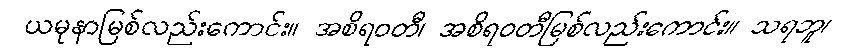
ယမုနာမြစ်လည်းကောင်း။ အစိရဝတီ၊ အစိရဝတီမြစ်လည်းကောင်း။ သရဘူ၊